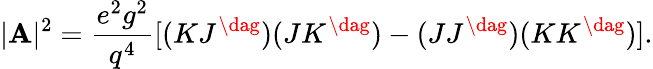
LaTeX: |\mathbf{A}|^{2}={\frac{{e^{2}g^{2}}}{{q^{4}}}}[(KJ^{\dag})(JK^{\dag})-(JJ^{\dag})(KK^{\dag})].